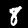
Label: 8